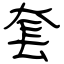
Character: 套